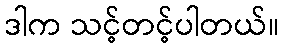
ဒါက သင့်တင့်ပါတယ်။